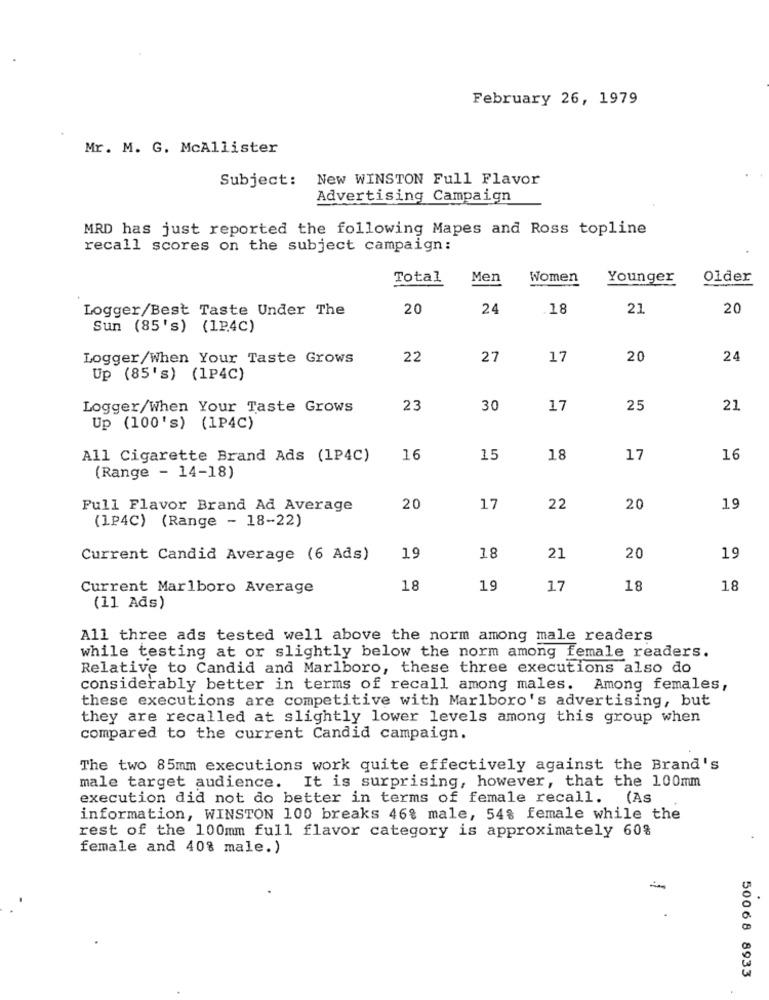
February 26, 1979
Mr. M. G. McAllister
Subject: New WINSTON Full Flavor
Advertising Campaign
MRD has just reported the following Mapes and Ross topline
recall scores on the subject campaign:
Total
Men
Women
Younger
Older
Logger/Best Taste Under The
20
24
18
21
20
Sun (85's) (1P.4C)
Logger/when Your Taste Grows
22
27
17
20
24
Up (85's) (1P4C)
Logger/When Your Taste Grows
23
30
17
25
21
Up (100's) (1P4C)
All Cigarette Brand Ads (1P4C)
16
15
18
17
16
(Range - 14-18)
Full Flavor Brand Ad Average
20
17
22
20
19
(1P4C) (Range - 18-22)
Current Candid Average (6 Ads)
19
18
21
20
19
Current Marlboro Average
18
19
17
18
18
(11 Ads)
All three ads tested well above the norm among male readers
while testing at or slightly below the norm among female readers.
Relative to Candid and Marlboro, these three executions also do
considerably better in terms of recall among males. Among females,
these executions are competitive with Marlboro's advertising, but
they are recalled at slightly lower levels among this group when
compared to the current Candid campaign.
The two 85mm executions work quite effectively against the Brand's
male target audience. It is surprising, however, that the 100mm
execution did not do better in terms of female recall. (As
information, WINSTON 100 breaks 46% male, 54% female while the
rest of the 100mm full flavor category is approximately 60%
female and 40% male.)
50068 8933